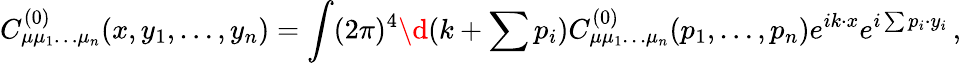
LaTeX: C_{\mu\mu_{1}\ldots\mu_{n}}^{(0)}(x,y_{1},\ldots,y_{n})=\int(2\pi)^{4}\d(k+\sum p_{i})C_{\mu\mu_{1}\ldots\mu_{n}}^{(0)}(p_{1},\ldots,p_{n})e^{ik\cdot x}e^{i\sum p_{i}\cdot y_{i}}\, ,